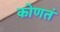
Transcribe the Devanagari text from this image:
कोणतं